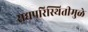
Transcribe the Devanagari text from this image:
सद्यपरिस्थितीमुळे